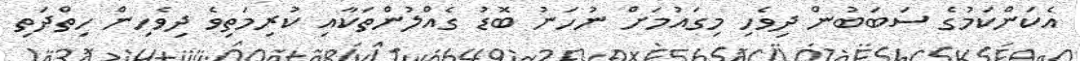
އެކަންކަމުގެ ސަބަބުން ދިވެހި މިގައުމަށް ނުހަނު ބޮޑު ގެއްލުންތަކާއި ކުރިމަތިވެ ދިވެހިން ހިތްދަތި